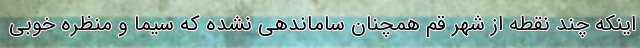
اینکه چند نقطه از شهر قم همچنان ساماندهی نشده که سیما و منظره خوبی